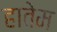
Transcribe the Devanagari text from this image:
हातेम